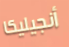
أنجيليكا